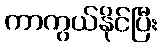
ကာကွယ်နိုင်ပြီး